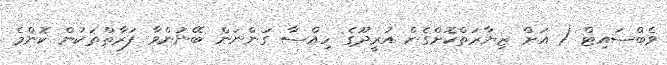
ވެބްސައިޓް ( އަށް ޒިޔާރަތްކޮށްގެން އުރީދޫގެ ހިއްސާ ގަންނަން ބޭނުންވާ ފަރާތްތަކުން ކޮންމެ